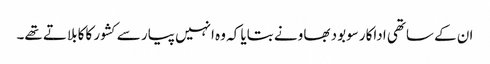
ان کے ساتھی اداکار سوبود بھاو نے بتایا کہ وہ انہیں پیار سے کشور کاکا بلاتے تھے۔